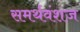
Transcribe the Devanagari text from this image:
समर्थवंशज